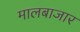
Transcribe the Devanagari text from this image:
मालबाजार